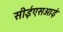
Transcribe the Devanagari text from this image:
सीईएसआई